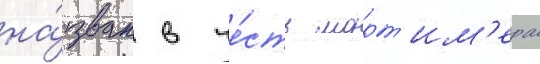
на́зван в че́сть морт'им'ера